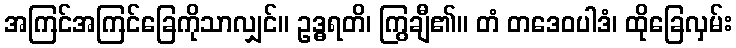
အကြင်အကြင်ခြေကိုသာလျှင်။ ဥဒ္ဓရတိ၊ ကြွချီ၏။ တံ တဒေဝပါဒံ၊ ထိုခြေလှမ်း